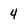
Character: 4